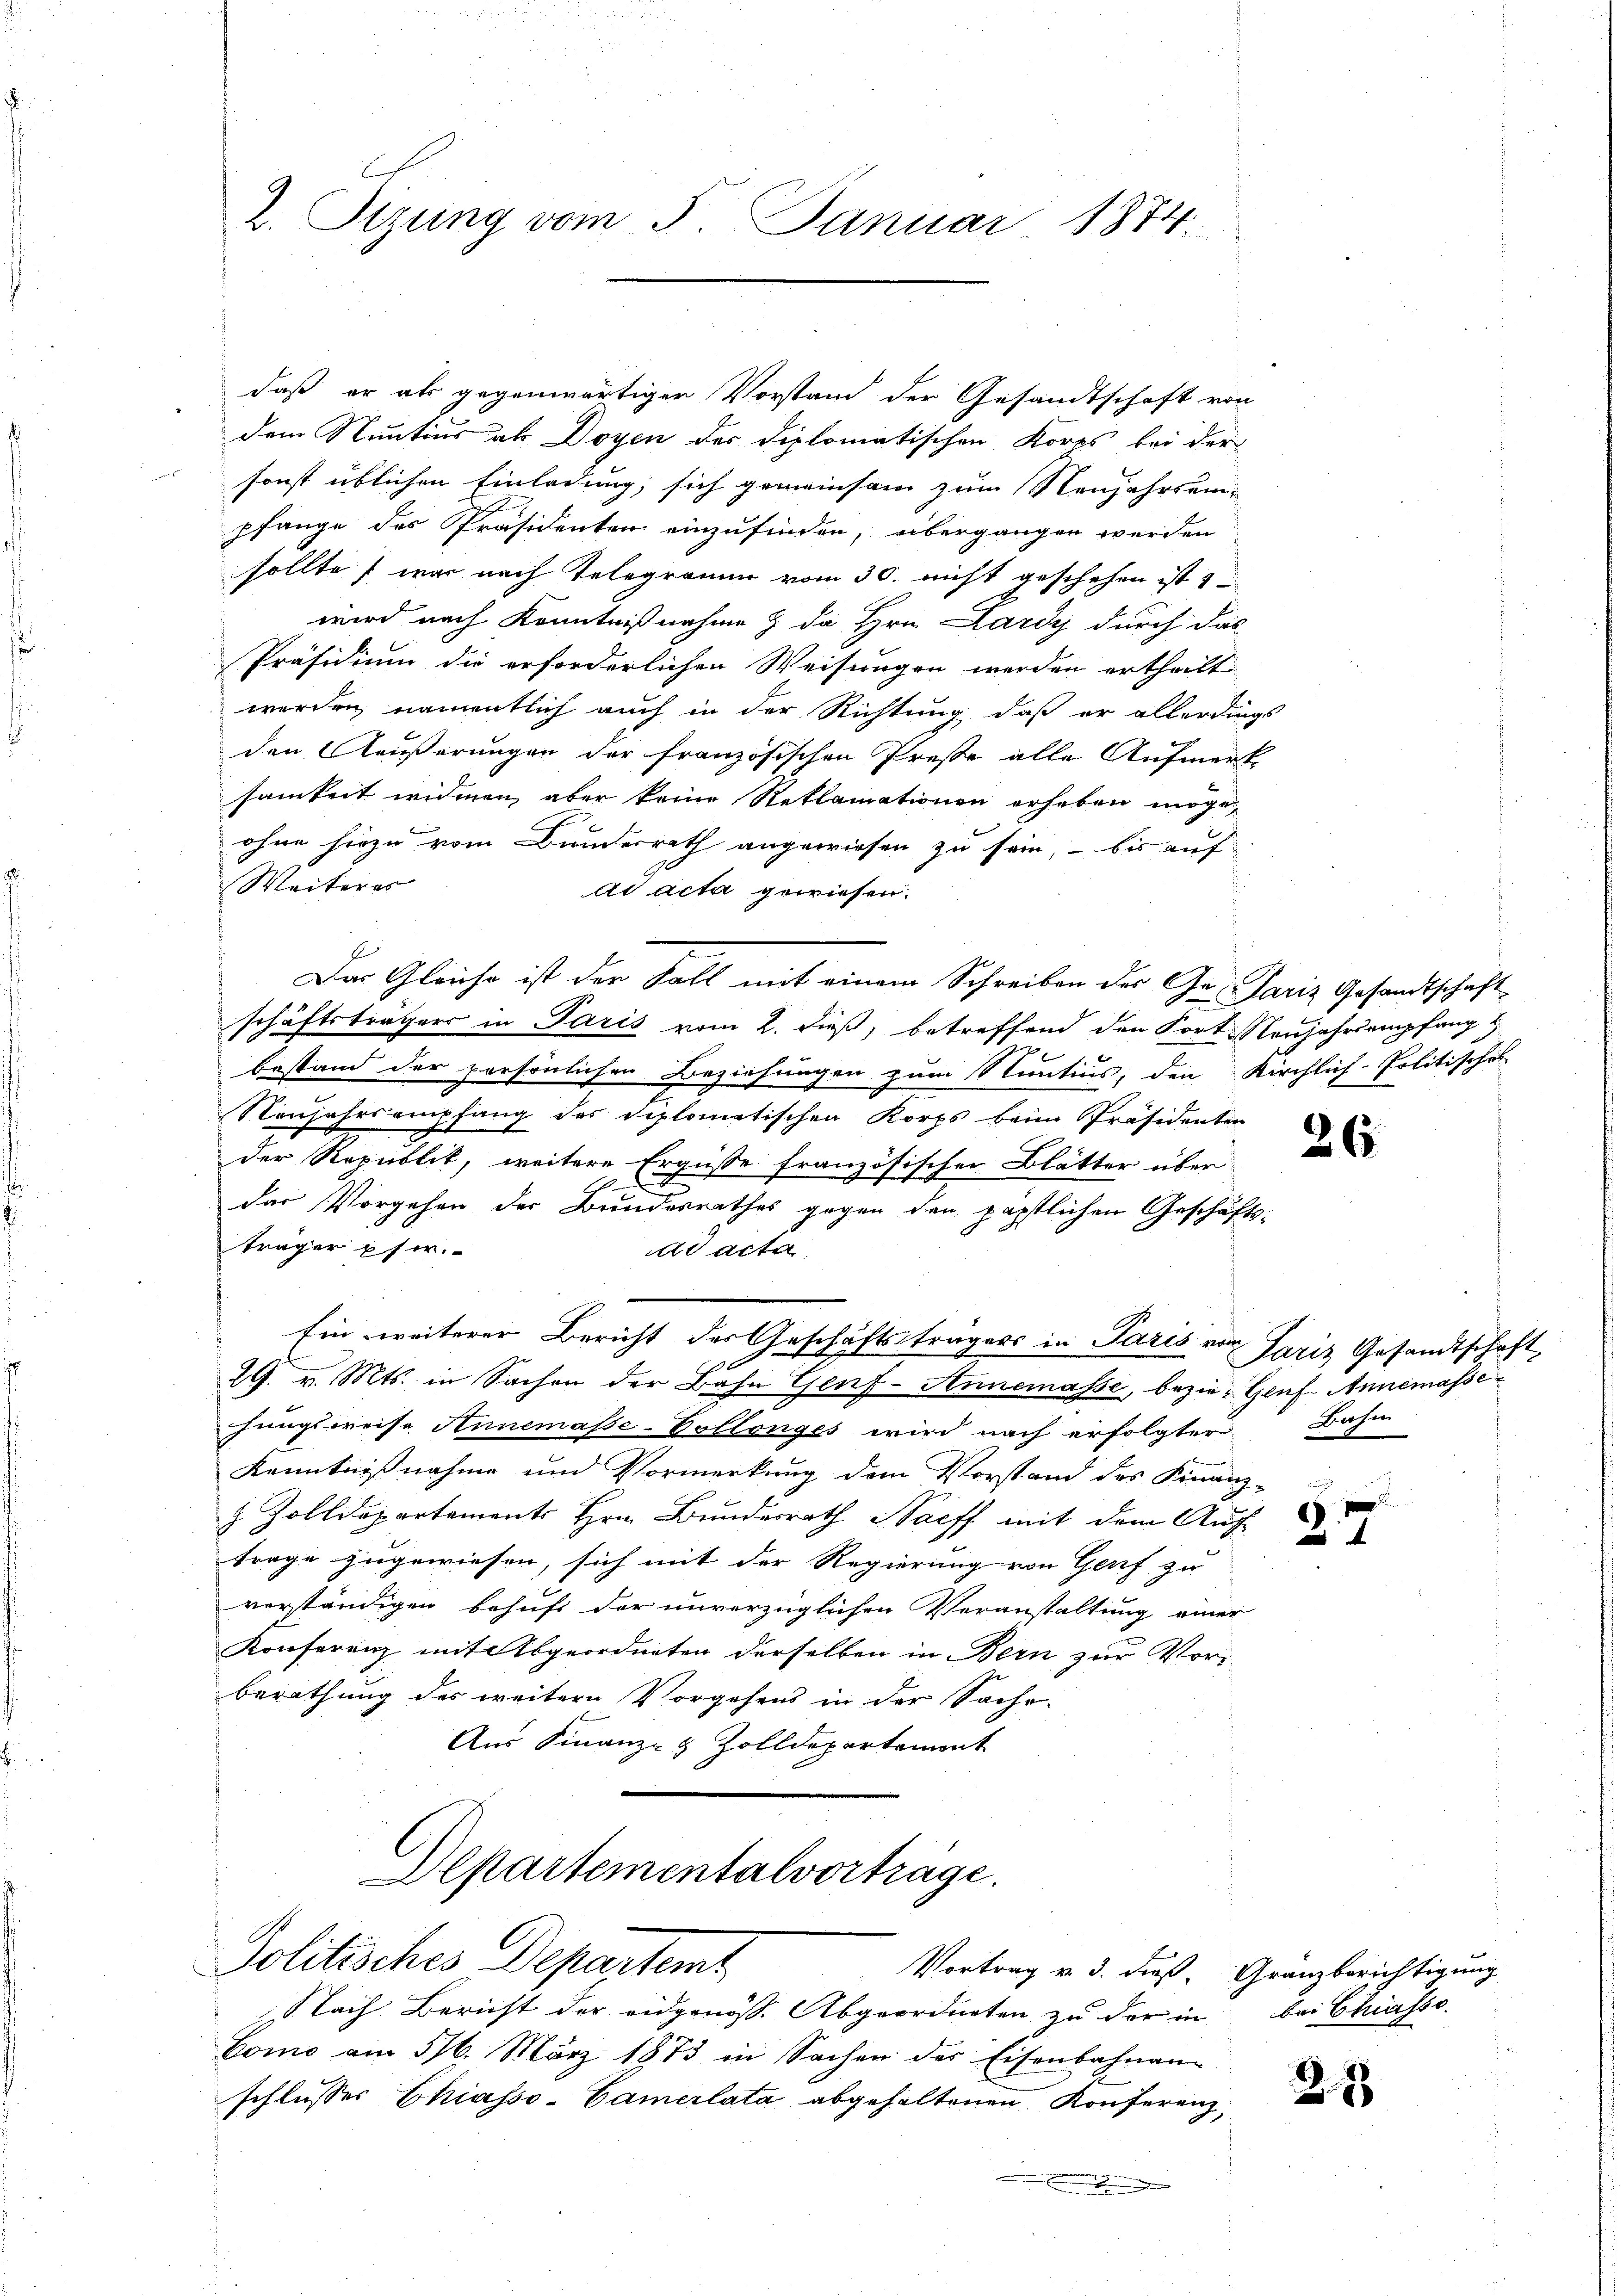
daß er als gegenwärtiger Vorstand der Gesandtschaft von
dem Sentius als Doyen der diplomatischen Korps bei der
sonst üblichen Einladung, sich gemeinsam zum Neujahrseipfange des Präsidenten einzufinden, übergangen werden
sollte war nach Telegramm vom 30. nicht geschehen ist
wird nach Kenntnißnahme & da Hrn. Lardy durch das
Präsidium die erforderlichen Weisungen werden ertheilt
werden, namentlich auch in der Richtung, daß er allerdings
den Außerungen der französischen Preße alle Aufmerk
samkeit widmen aber keine Reklamationen erheben möge,
ohne hiezu vom Bundesrath angewiesen zu sein, – bis auf
Weiteres
ad acta gewiesen.
Das Gleiche ist der Fall mit einem Schreiben des Ges. Paris Gesandtschaftschäftsträgers in Paris vom 2. dieß, betreffend den Fort Neujahr empfang &
bestand der persönlichen Beziehungen zum Nuntius, den Kirchlich-Politischek
Neujahrs empfang des diplomatischen Korps beim Präsidenten
der Republik, weitere Ergüße französischer Blätter über-
x
das Vorgehen der Bundesrathes gegen den päpstlichen Geschäfts-
träger phir.
ad acta
Ein weiterer Bericht der Geschäftsträgers in Paris von Pariz Gesandtschaft
2 x
29. v. Mts. in Sachen der Bahn Genf-Annemasse, bezie- Genf. Annemassehungsweise Annemasse-Pollonges wird nach erfolgter
Kenntnißnahme und Vormerkung dem Vorstand des Finanz-
& Zolldepartements Hrn. Bunderrath Socff mit dem Auf-
frage zugewiesen, sich mit der Regierung von Genf zu
verständigen behufs der unverzüglichen Veranstaltung einer
Konferenz mit Abgeordneten derselben in Bern zur Vorberathung des weitern Vorgehens in der Sache.
Aus Finanz- & Zolldepartement
Departementalvorträge.
Politisches Departemt
Vortrag v. 3. dieß, Granzberichtigung
Lach Bericht der eidgenöss. Abgeordneten zu der in bei Chiasso
Como am 516. März 1873 in Sachen der Eisenbahnan
schlusses Chiasso-Camerlata abgehaltenen Konferenz,
.

2. Tizung vom 5. Januar 1874.

26

Bahm

.
6

27